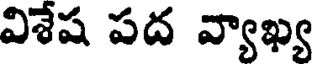
విశేష పద వ్యాఖ్య